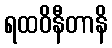
ရထဝိနီတာနိ